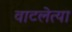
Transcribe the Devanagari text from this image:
वाटलेत्या